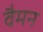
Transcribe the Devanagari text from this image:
वैमन